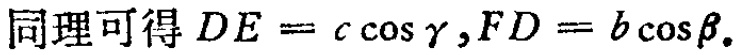
同理可得 \(DE = c\cos\gamma,FD = b\cos\beta\).